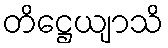
တိဋ္ဌေယျာသိ